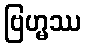
ဗြဟ္မဿ